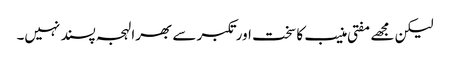
لیکن مجھے مفتی منیب کا سخت اور تکبر سے بھرا لہجہ پسند نہیں۔